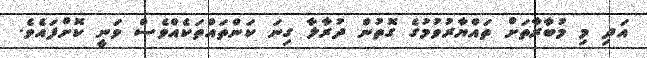
އަދި މި މުބާރާތަށް ތައްޔާރުވުމުގެ ގޮތުން ދުރާލާ ގިނަ ކަންތައްތަކެއްވެސް ވަނީ ކޮށްފައެވެ.